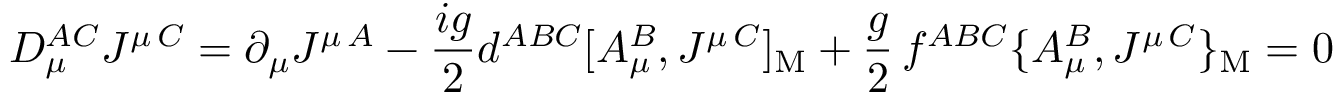
D _ { \mu } ^ { A C } J ^ { \mu \, C } = \partial _ { \mu } J ^ { \mu \, A } - { \frac { i g } { 2 } } d ^ { A B C } [ A _ { \mu } ^ { B } , J ^ { \mu \, C } ] _ { \mathrm { M } } + { \frac { g } { 2 } } \, f ^ { A B C } \{ A _ { \mu } ^ { B } , J ^ { \mu \, C } \} _ { \mathrm { M } } = 0